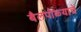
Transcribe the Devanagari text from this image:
बैलपोळ्याचे